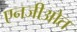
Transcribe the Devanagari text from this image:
एनजीओत